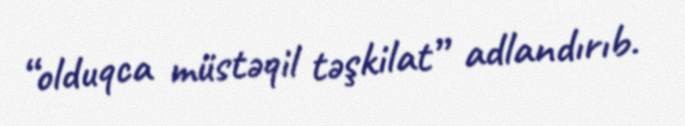
“olduqca müstəqil təşkilat” adlandırıb.